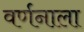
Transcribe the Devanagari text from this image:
वर्णनाला